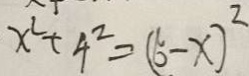
x ^ { 2 } + 4 ^ { 2 } = ( 5 - x ) ^ { 2 }